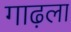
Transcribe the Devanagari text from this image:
गाढ़ला